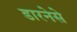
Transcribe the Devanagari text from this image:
डारनेसे